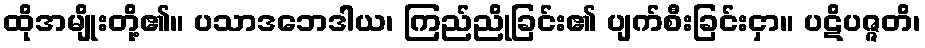
ထိုအမျိုးတို့၏။ ပသာဒဘေဒါယ၊ ကြည်ညိုခြင်း၏ ပျက်စီးခြင်းငှာ။ ပဋိပဇ္ဇတိ၊